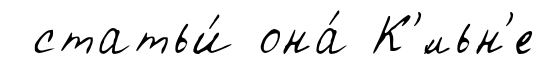
статьи́ она́ К'́льн'е